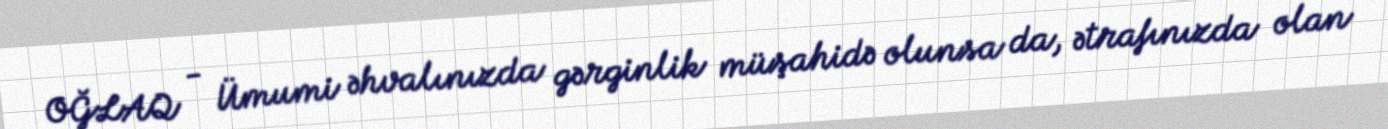
OĞLAQ - Ümumi əhvalınızda gərginlik müşahidə olunsa da, ətrafınızda olan